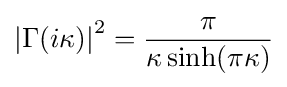
\left|\Gamma (i\kappa )\right|^{2}={\frac {\pi }{\kappa \sinh(\pi \kappa )}}